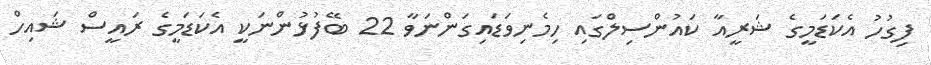
ފިގުހު އެކަޑަމީގެ ޝަރީއާ ކައުންސިލްގައި ހިމެނިވަޑައިގަންނަވާ 22 ބޭފުޅުންނަކީ އެކަޑަމީގެ ރައީސް ޝައިހް